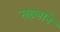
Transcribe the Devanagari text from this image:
सहलाने